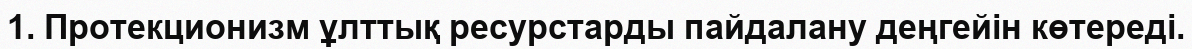
1. Протекционизм ұлттық ресурстарды пайдалану деңгейін көтереді.